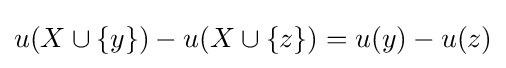
u(X\cup \{y\})-u(X\cup \{z\})=u(y)-u(z)